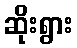
ဆိုးရွား